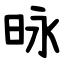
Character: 昹